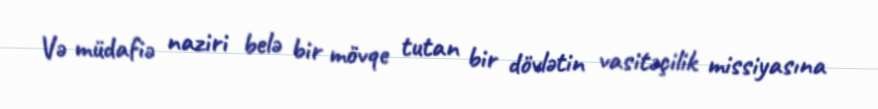
Və müdafiə naziri belə bir mövqe tutan bir dövlətin vasitəçilik missiyasına